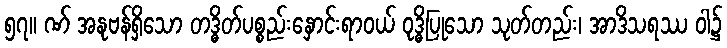
၅၇။ ဏ် အနုဗန်ရှိသော တဒ္ဓိတ်ပစ္စည်းနှောင်းရာဝယ် ဝုဒ္ဓိပြုသော သုတ်တည်း၊ အာဒိသရဿ ဝါ၌